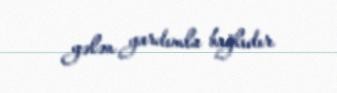
gələn yardımla bağlıdır.